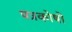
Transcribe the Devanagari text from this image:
पत्रकोषों